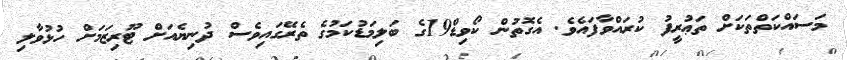
މަސައްކަތްތަކަށް ތަޢުރީފު ކުރައްވާފައެވެ. އެގޮތުން ކޯވިޑް19ގެ ބަލިމަޑުކަމުގެ ތެރޭގައިވެސް ދުނިޔެއަށް ޓޫރިޒަމަށް ހުޅުވާލި